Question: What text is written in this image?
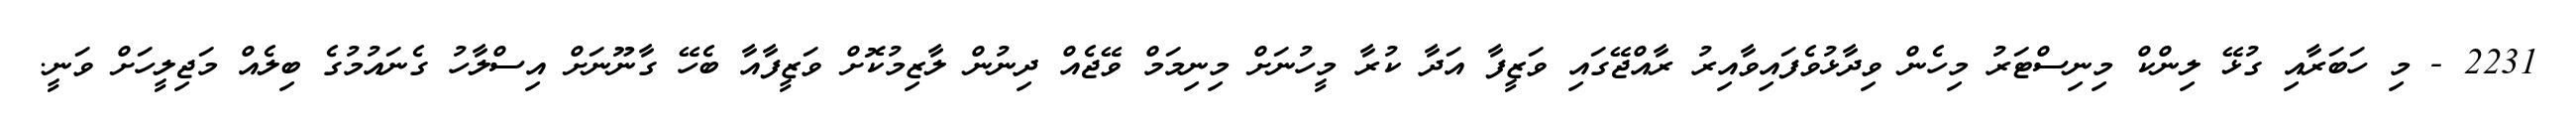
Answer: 2231 - މި ހަބަރާއި ގުޅޭ ލިންކް މިނިސްޓަރު މިހެން ވިދާޅުވެފައިވާއިރު ރާއްޖޭގައި ވަޒީފާ އަދާ ކުރާ މީހުނަށް މިނިމަމް ވޭޖެއް ދިނުން ލާޒިމުކޮށް ވަޒީފާއާ ބެހޭ ގާނޫނަށް އިސްލާހު ގެނައުމުގެ ބިލެއް މަޖިލީހަށް ވަނީ.